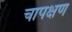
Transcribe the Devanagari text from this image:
चापक्षण